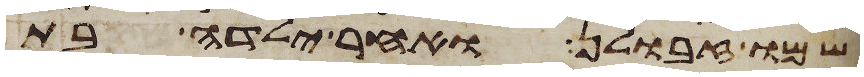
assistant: שמו זבולן ואחר ילדה בת